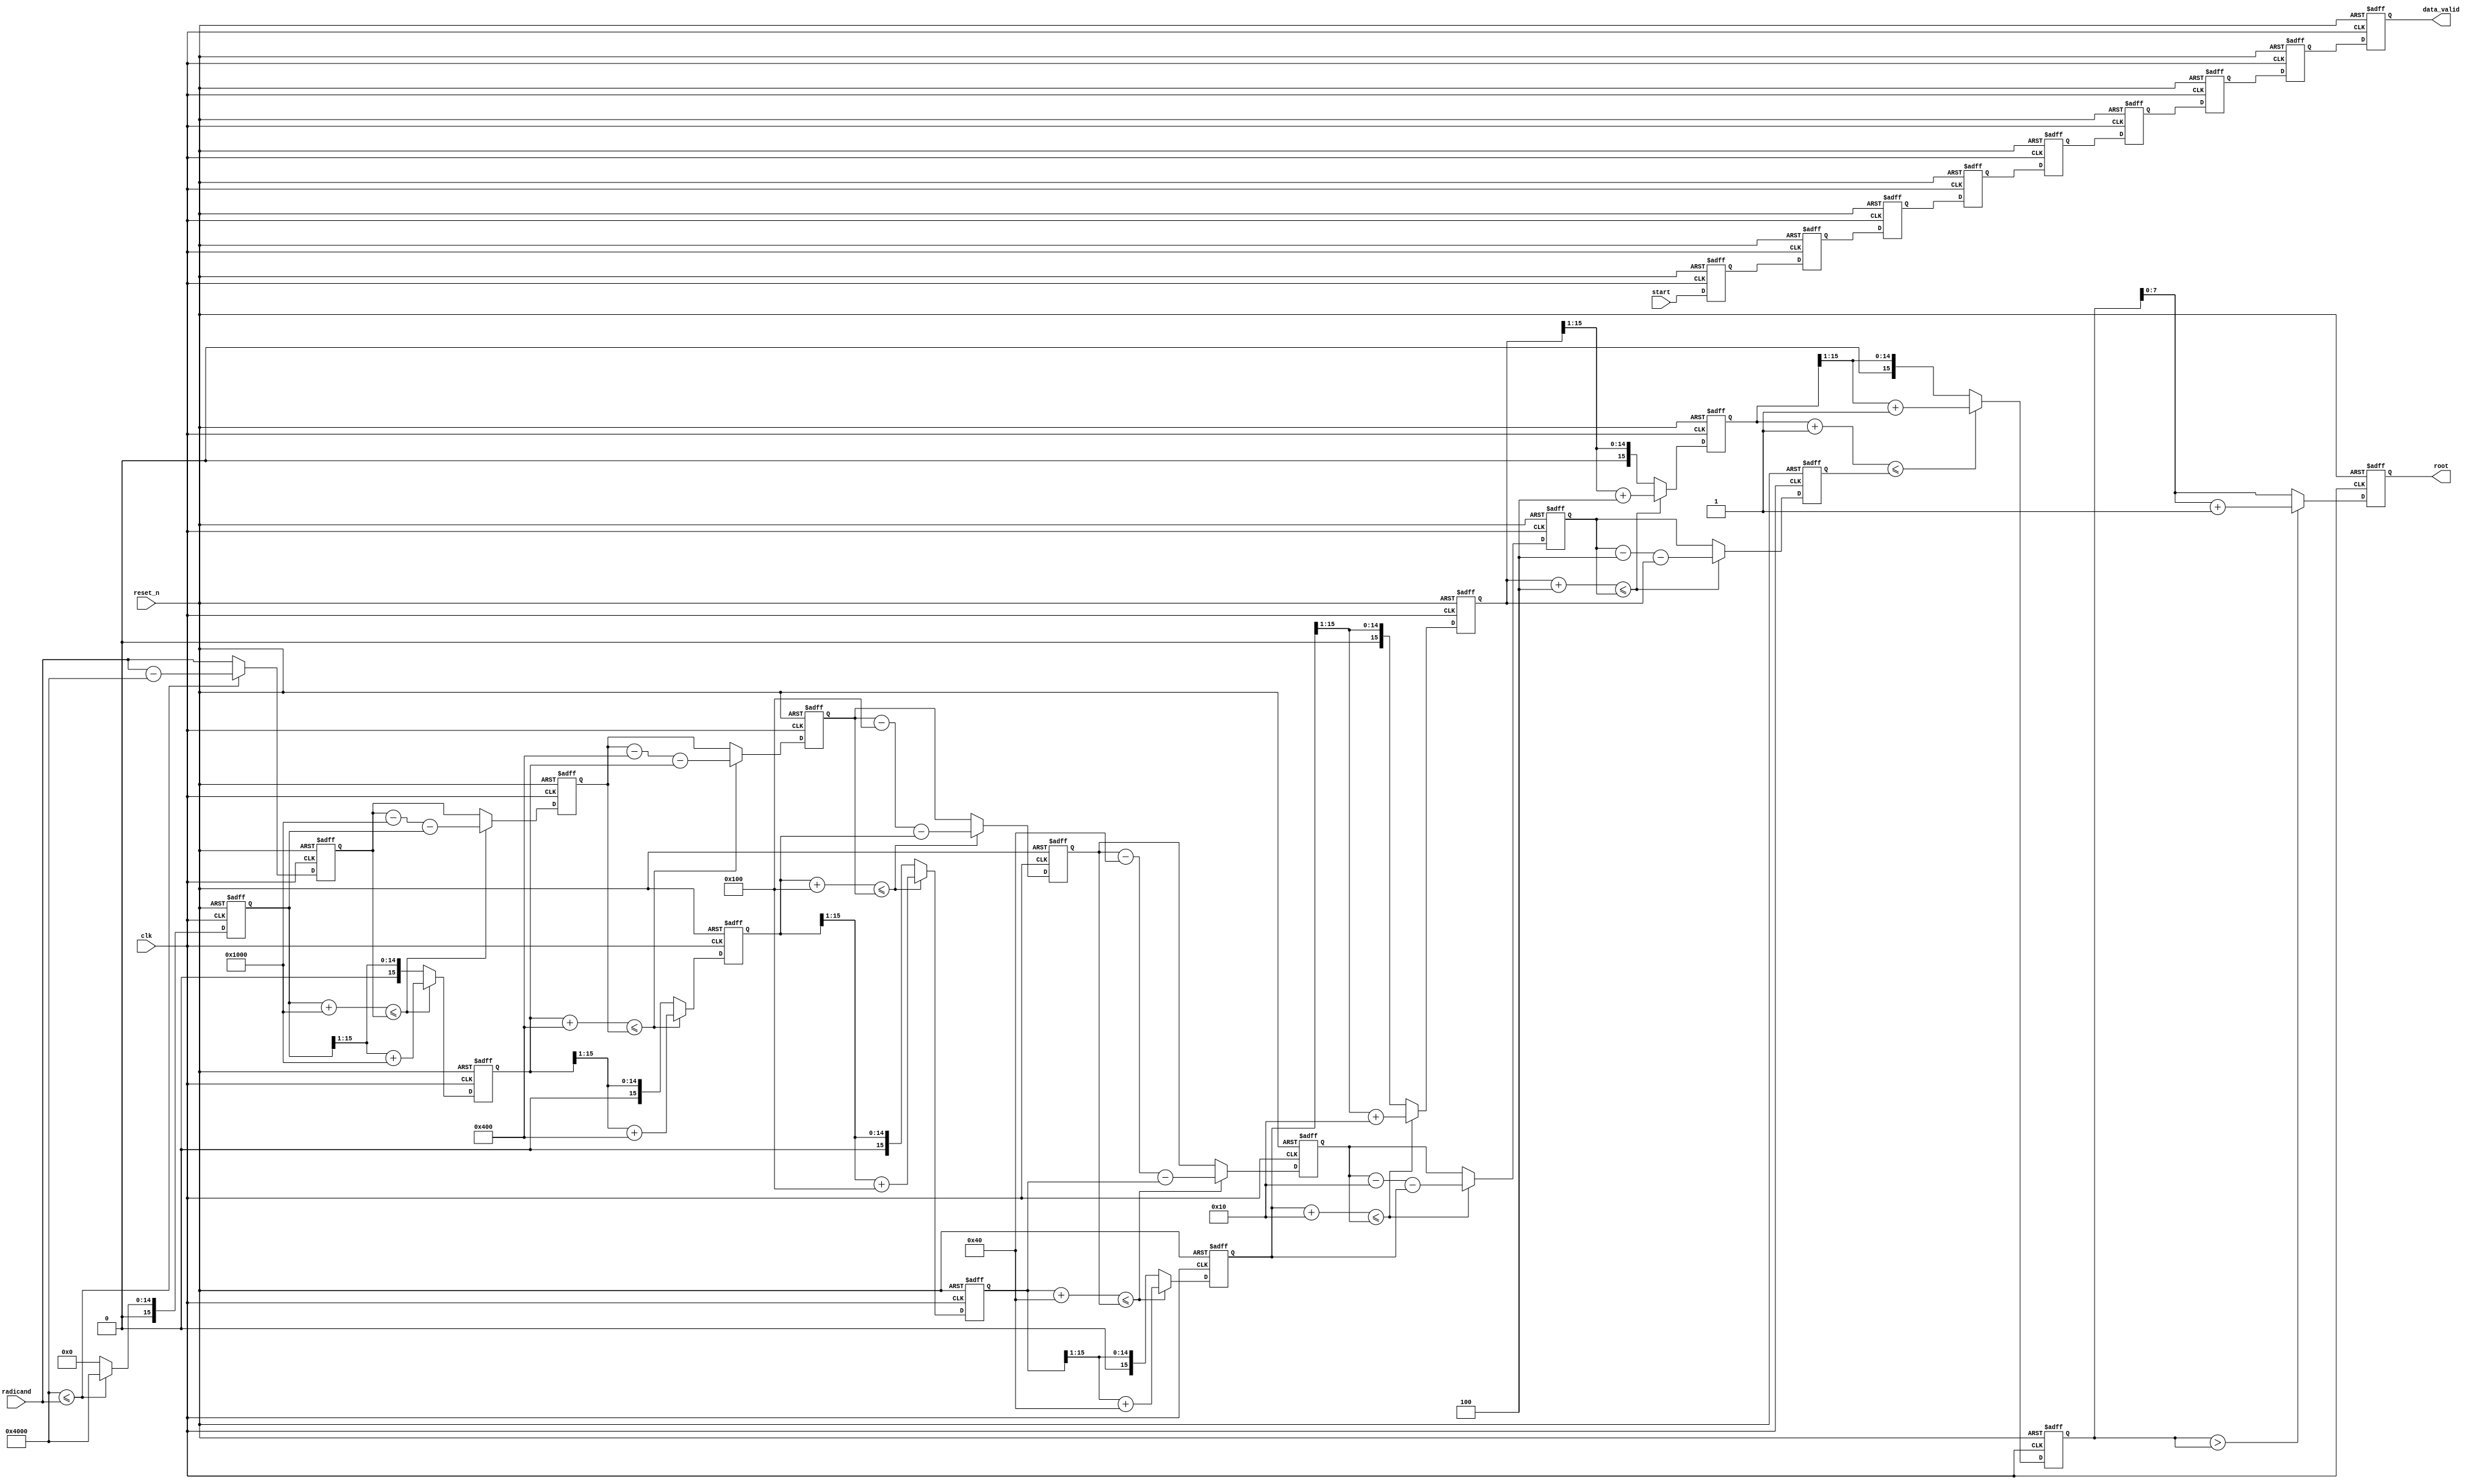
// Copyright 2018 Schuyler Eldridge
//
// Licensed under the Apache License, Version 2.0 (the "License");
// you may not use this file except in compliance with the License.
// You may obtain a copy of the License at
//
//     http://www.apache.org/licenses/LICENSE-2.0
//
// Unless required by applicable law or agreed to in writing, software
// distributed under the License is distributed on an "AS IS" BASIS,
// WITHOUT WARRANTIES OR CONDITIONS OF ANY KIND, either express or implied.
// See the License for the specific language governing permissions and
// limitations under the License.

// Implements a fixed-point parameterized pipelined square root
// operation on an unsigned input of any bit length. The number of
// stages in the pipeline is equal to the number of output bits in the
// computation. This pipelien sustains a throughput of one computation
// per clock cycle.

`timescale 1ns / 1ps
module sqrt_pipelined
  #(
    parameter
    INPUT_BITS   = 16, // number of input bits (any integer)
    OUTPUT_BITS  = INPUT_BITS / 2 + INPUT_BITS % 2 // number of output bits
    )
  (
   input                        clk,        // clock
   input                        reset_n,    // asynchronous reset
   input                        start,      // optional start signal
   input [INPUT_BITS-1:0]       radicand,   // unsigned radicand
   output reg                   data_valid, // optional data valid signal
   output reg [OUTPUT_BITS-1:0] root        // unsigned root
   );

  reg [OUTPUT_BITS-1:0]         start_gen; // valid data propagation
  reg [OUTPUT_BITS*INPUT_BITS-1:0] root_gen; // root values
  reg [OUTPUT_BITS*INPUT_BITS-1:0] radicand_gen; // radicand values
  wire [OUTPUT_BITS*INPUT_BITS-1:0] mask_gen; // mask values

  // This is the first stage of the pipeline.
  always @ (posedge clk or negedge reset_n) begin
    if (!reset_n) begin
      start_gen[0]                 <= 0;
      radicand_gen[INPUT_BITS-1:0] <= 0;
      root_gen[INPUT_BITS-1:0]     <= 0;
    end
    else begin
      start_gen[0] <= start;
      if ( mask_gen[INPUT_BITS-1:0] <= radicand ) begin
        radicand_gen[INPUT_BITS-1:0] <= radicand - mask_gen[INPUT_BITS-1:0];
        root_gen[INPUT_BITS-1:0] <= mask_gen[INPUT_BITS-1:0];
      end
      else begin
        radicand_gen[INPUT_BITS-1:0] <= radicand;
        root_gen[INPUT_BITS-1:0] <= 0;
      end
    end
  end

  // Main generate loop to create the masks and pipeline stages.
  generate
    genvar i;
    // Generate all the mask values. These are built up in the
    // following fashion:
    // LAST MASK:  0x00...001
    //             0x00...004  Increasing # OUTPUT_BITS
    //             0x00...010          |
    //             0x00...040          v
    //                 ...
    // FIRST MASK: 0x10...000  # masks == # OUTPUT_BITS
    //
    // Note that the first mask used can either be of the 0x1... or
    // 0x4... variety. This is purely determined by the number of
    // computation stages. However, the last mask used will always be
    // 0x1 and the second to last mask used will always be 0x4.
    for (i = 0; i < OUTPUT_BITS; i = i + 1) begin: mask_4
      if (i % 2) // i is odd, this is a 4 mask
        assign mask_gen[INPUT_BITS*(OUTPUT_BITS-i)-1:INPUT_BITS*(OUTPUT_BITS-i-1)]  = 4 << 4 * (i/2);
      else // i is even, this is a 1 mask
        assign mask_gen[INPUT_BITS*(OUTPUT_BITS-i)-1:INPUT_BITS*(OUTPUT_BITS-i-1)]  = 1 << 4 * (i/2);
    end
    // Generate all the pipeline stages to compute the square root of
    // the input radicand stream. The general approach is to compare
    // the current values of the root plus the mask to the
    // radicand. If root/mask sum is greater than the radicand,
    // subtract the mask and the root from the radicand and store the
    // radicand for the next stage. Additionally, the root is
    // increased by the value of the mask and stored for the next
    // stage. If this test fails, then the radicand and the root
    // retain their value through to the next stage. The one weird
    // thing is that the mask indices appear to be incremented by one
    // additional position. This is not the case, however, because the
    // first mask is used in the first stage (always block after the
    // generate statement).
    for (i = 0; i < OUTPUT_BITS - 1; i = i + 1) begin: pipeline
      always @ (posedge clk or negedge reset_n) begin : pipeline_stage
        if (!reset_n) begin
          start_gen[i+1]                                    <= 0;
          radicand_gen[INPUT_BITS*(i+2)-1:INPUT_BITS*(i+1)] <= 0;
          root_gen[INPUT_BITS*(i+2)-1:INPUT_BITS*(i+1)]     <= 0;
        end
        else begin
          start_gen[i+1] <= start_gen[i];
          if ((root_gen[INPUT_BITS*(i+1)-1:INPUT_BITS*i] +
               mask_gen[INPUT_BITS*(i+2)-1:INPUT_BITS*(i+1)]) <= radicand_gen[INPUT_BITS*(i+1)-1:INPUT_BITS*i]) begin
	    radicand_gen[INPUT_BITS*(i+2)-1:INPUT_BITS*(i+1)] <= radicand_gen[INPUT_BITS*(i+1)-1:INPUT_BITS*i] -
                                                                 mask_gen[INPUT_BITS*(i+2)-1:INPUT_BITS*(i+1)] -
                                                                 root_gen[INPUT_BITS*(i+1)-1:INPUT_BITS*i];
	    root_gen[INPUT_BITS*(i+2)-1:INPUT_BITS*(i+1)] <= (root_gen[INPUT_BITS*(i+1)-1:INPUT_BITS*i] >> 1) +
                                                             mask_gen[INPUT_BITS*(i+2)-1:INPUT_BITS*(i+1)];
          end
          else begin
	    radicand_gen[INPUT_BITS*(i+2)-1:INPUT_BITS*(i+1)] <= radicand_gen[INPUT_BITS*(i+1)-1:INPUT_BITS*i];
	    root_gen[INPUT_BITS*(i+2)-1:INPUT_BITS*(i+1)]     <= root_gen[INPUT_BITS*(i+1)-1:INPUT_BITS*i] >> 1;
          end
        end
      end
    end
  endgenerate

  // This is the final stage which just implements a rounding
  // operation. This stage could be tacked on as a combinational logic
  // stage, but who cares about latency, anyway? This is NOT a true
  // rounding stage. In order to add convergent rounding, you need to
  // increase the input bit width by 2 (increase the number of
  // pipeline stages by 1) and implement rounding in the module that
  // instantiates this one.
  always @ (posedge clk or negedge reset_n) begin
    if (!reset_n) begin
      data_valid <= 0;
      root       <= 0;
    end
    else begin
      data_valid <= start_gen[OUTPUT_BITS-1];
      if (root_gen[OUTPUT_BITS*INPUT_BITS-1:OUTPUT_BITS*INPUT_BITS-INPUT_BITS] > root_gen[OUTPUT_BITS*INPUT_BITS-1:OUTPUT_BITS*INPUT_BITS-INPUT_BITS])
        root <= root_gen[OUTPUT_BITS*INPUT_BITS-1:OUTPUT_BITS*INPUT_BITS-INPUT_BITS] + 1;
      else
        root  <= root_gen[OUTPUT_BITS*INPUT_BITS-1:OUTPUT_BITS*INPUT_BITS-INPUT_BITS];
    end
  end

endmodule